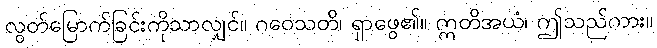
လွတ်မြောက်ခြင်းကိုသာလျှင်။ ဂဝေသတိ၊ ရှာဖွေ၏။ ဣတိအယံ၊ ဤသည်ကား။